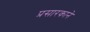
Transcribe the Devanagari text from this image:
प्रसारकाने